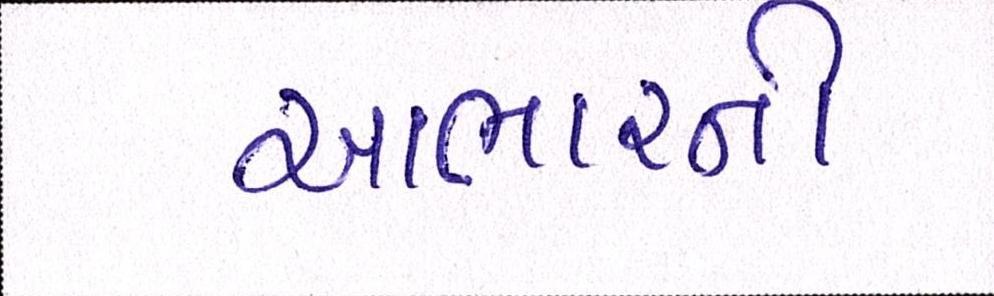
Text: આભારની